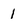
Character: 1